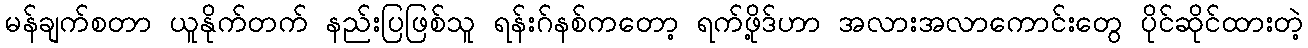
မန်ချက်စတာ ယူနိုက်တက် နည်းပြဖြစ်သူ ရန်းဂ်နစ်ကတော့ ရက်ဖို့ဒ်ဟာ အလားအလာကောင်းတွေ ပိုင်ဆိုင်ထားတဲ့